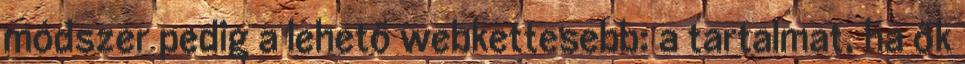
módszer pedig a lehető webkettesebb: a tartalmat, ha ők